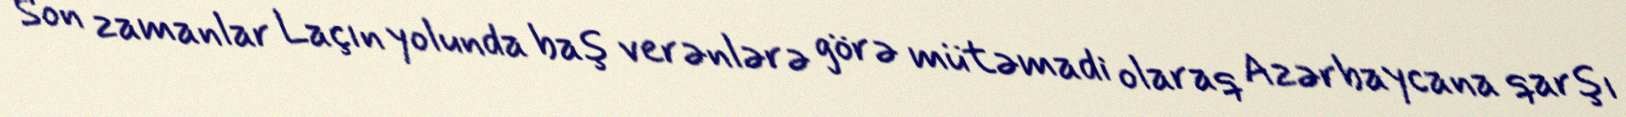
Son zamanlar Laçın yolunda baş verənlərə görə mütəmadi olaraq Azərbaycana qarşı